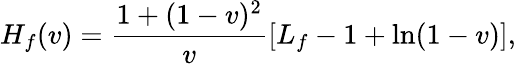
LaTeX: H_{f}(v)=\frac{1+(1-v)^{2}}{v}[L_{f}-1+\ln(1-v)],